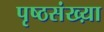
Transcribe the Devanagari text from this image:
पृष्ठसंख्य़ा